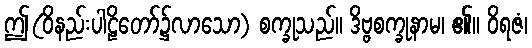
ဤ(ဝိနည်းပါဠိတော်၌လာသော) စက္ခုသည်။ ဒိဗ္ဗစက္ခုနာမ၊ ၏။ ဝိရဇံ၊